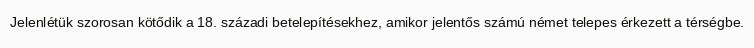
Jelenlétük szorosan kötődik a 18. századi betelepítésekhez, amikor jelentős számú német telepes érkezett a térségbe.